King Institute of Preventive Medicine Micro-Biological Section reports 1909-11
Year: 1909
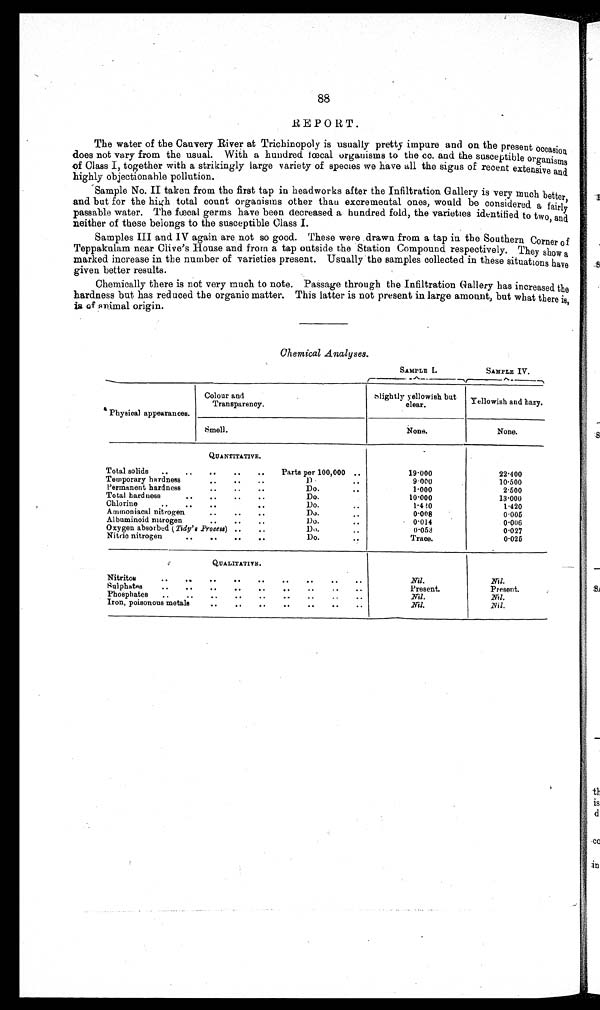
88
REPORT.
The water of the Cauvery River at Trichinopoly is usually pretty impure and on the present occasion
does not vary from the usual. With a hundred fœcal organisms to the cc. and the susceptible organisms
of Class I, together with a strikingly large variety of species we have all the signs of recent extensive and
highly objectionable pollution.
Sample No. II taken from the first tap in headworks after the Infiltration Gallery is very much better,
and but for the high total count organisms other than excremental ones, would be considered a fairly
pas s abl e wat er . The f œcal ger ms have been decr eas ed a hundr ed f ol d, t he var i et i es i dent i f i ed t o t wo, and
neither of these belongs to the susceptible Class I.
Samples III and IV again are not so good. These were drawn from a tap in the Southern Corner of
Teppakulam near Clive's House and from a tap outside the Station Compound respectively. They show a
marked increase in the number of varieties present. Usually the samples collected in these situations have
given better results.
Chemically there is not very much to note. Passage through the Infiltration Gallery has increased the
hardness but has reduced the organic matter. This latter is not present in large amount, but what there is,
is of animal origin.
Chemical Analyses.
SAMPLE I.
SAMPLE IV.
Physical appearances.
Colour and
Transparency.
slightly yellowish but
clear.
Yellowish and hazy.
Smell.
None.
None.
QUANTITATIVE.
Total solids
..
..
..
..
..
Parts per 100,000 ..
19.000
22.400
Temporary hardness
..
..
..
Do. ..
9.000
10.500
Permanent hardness
..
..
..
Do.
..
1.000
2.500
Total hardness
..
..
..
..
Do.
10.000
13.000
Chlorine
..
..
..
• •
Do .
1 . 4 2 0
1.420
Ammoniacal nitrogen
..
..
..
Do.
0 . 0 0 8
0.005
Albuminoid nitrogen
..
..
..
Do...
0.014
0.006
Oxygen absorbed ( Tidy's Process) ..
..
Do.
0.053
0.027
Nitric nitrogen
..
..
..
••
Do.
Trace.
0.025
QUALITATIVE.
Nitritos
..
..
..
..
..
••
..
••
..
Nil.
Nil.
Sulphates
..
..
..
..
..
••
..
..
..
Present.
Present.
Phosphates
..
..
..
..
..
..
..
..
..
Nil.
Nil.
Iron, poisonous metals
• .
..
..
••
..
..
• •
Nil.
Nil.